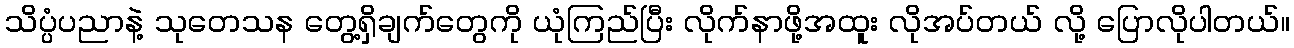
သိပ္ပံပညာနဲ့ သုတေသန တွေ့ရှိချက်တွေကို ယုံကြည်ပြီး လိုက်နာဖို့အထူး လိုအပ်တယ် လို့ ပြောလိုပါတယ်။